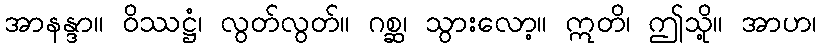
အာနန္ဒာ။ ဝိဿဋ္ဌံ၊ လွတ်လွတ်။ ဂစ္ဆ၊ သွားလော့။ ဣတိ၊ ဤသို့။ အာဟ၊